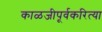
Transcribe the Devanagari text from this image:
काळजीपूर्वकरित्या